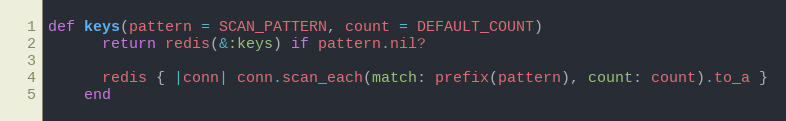
Language: Ruby
def keys(pattern = SCAN_PATTERN, count = DEFAULT_COUNT)
      return redis(&:keys) if pattern.nil?

      redis { |conn| conn.scan_each(match: prefix(pattern), count: count).to_a }
    end